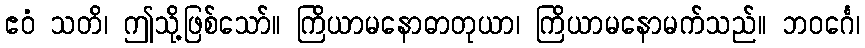
ဧဝံ သတိ၊ ဤသို့ဖြစ်သော်။ ကြိယာမနောဓာတုယာ၊ ကြိယာမနောမက်သည်။ ဘဝင်္ဂေ၊